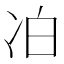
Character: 𪞜